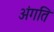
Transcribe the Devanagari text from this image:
अंगति